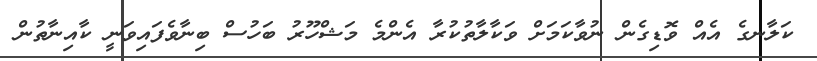
ކަލާނގެ އެއް ވޮޑިގެން ނުވާކަމަށް ވަކާލާތުކުރާ އެންމެ މަޝްހޫރު ބަހުސް ބިނާވެފައިވަނީ ކާއިނާތުން